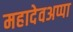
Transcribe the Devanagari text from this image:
महादेवअप्पा